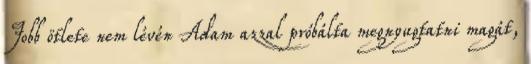
Jobb ötlete nem lévén Adam azzal próbálta megnyugtatni magát,